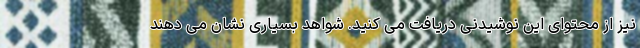
نیز از محتوای این نوشیدنی دریافت می کنید. شواهد بسیاری نشان می دهند